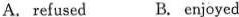
A. refused B. enjoyed